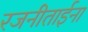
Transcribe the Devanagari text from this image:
रजनीताईना